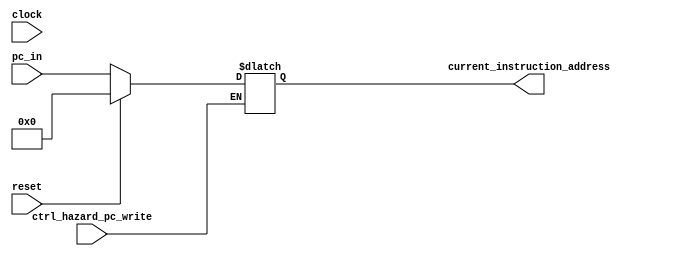
// Gabriel Coimbra - 3044
// Maria Dalila - 3030

`define VERBOSE

module mPC
(
	input wire clock, reset, ctrl_hazard_pc_write,

	// Endereo de entrada
	input wire [31:0] pc_in,

	// Endereo de sada
	output reg[31:0] current_instruction_address
);

	initial begin
		current_instruction_address = 0;
	end
	
	always @ (clock) begin
		if(ctrl_hazard_pc_write == 1) begin

			// Adiciona suporte reset
			if (reset == 0) begin
				current_instruction_address <= pc_in;
				`ifdef VERBOSE
					$display("mPC: Novo PC %d",current_instruction_address);
				`endif
			end
			else begin
				current_instruction_address <= 32'b0;
			end
		end
	end

endmodule